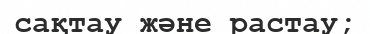
сақтау және растау;